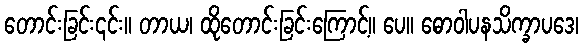
တောင်းခြင်း၎င်း။ တာယ၊ ထိုတောင်းခြင်းကြောင့်။ ပေ။ ဓောဝါပနသိက္ခာပဒေ၊